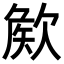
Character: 𣣡